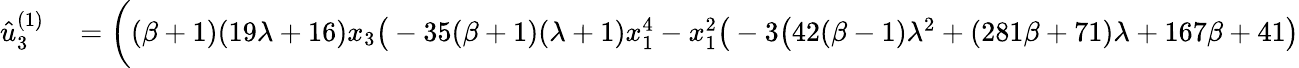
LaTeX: \begin{array}{rl}{\hat{u}_{3}^{(1)}}&{{}=\bigg((\beta+1)(19\lambda+16)x_{3}\big(-35(\beta+1)(\lambda+1)x_{1}^{4}-x_{1}^{2}\big(-3\big(42(\beta-1)\lambda^{2}+(281\beta+71)\lambda+167\beta+41\big)}\end{array}